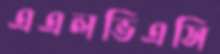
এএলভিএসি